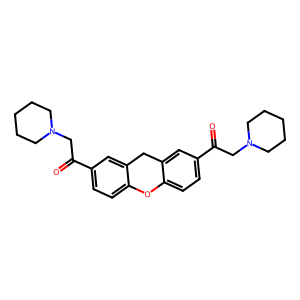
SMILES: O=C(CN1CCCCC1)c1ccc2c(c1)Cc1cc(C(=O)CN3CCCCC3)ccc1O2
Inhibits HIV replication: No